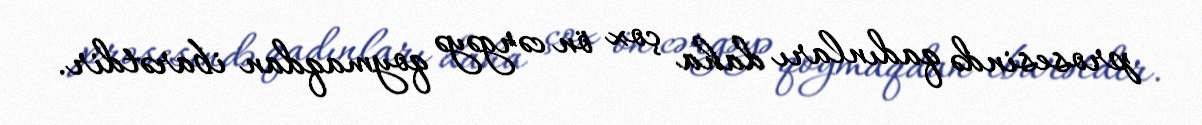
prosesində qadınları daha çox ön cərgəyə qoymaqdan ibarətdir.